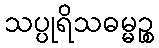
သပ္ပုရိသဓမ္မဉ္စ